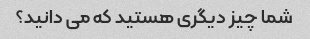
شما چیز دیگری هستید که می دانید؟